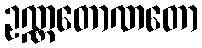
ဥဏ္ဏတောဏတော